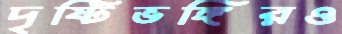
দৃষ্টিভঙ্গিরও